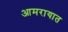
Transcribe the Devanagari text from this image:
आमरायात